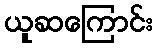
ယူဆကြောင်း